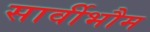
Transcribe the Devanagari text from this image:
सार्वीभौम